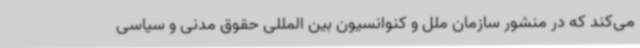
می‌کند که در منشور سازمان ملل و کنوانسیون بین المللی حقوق مدنی و سیاسی